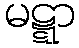
မဋ္ဋာ